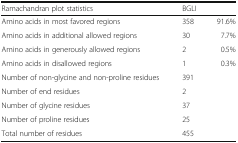
| Ramachandran plot statistics | <COLSPAN=2> BGLI |
 | --- | --- | --- |
 | Amino acids in most favored regions | 358 | 91.6% |
 | Amino acids in additional allowed regions | 30 | 7.7% |
 | Amino acids in generously allowed regions | 2 | 0.5% |
 | Amino acids in disallowed regions | 1 | 0.3% |
 | Number of non-glycine and non-proline residues | 391 |  |
 | Number of end residues | 2 |  |
 | Number of glycine residues | 37 |  |
 | Number of proline residues | 25 |  |
 | Total number of residues | 455 |  |